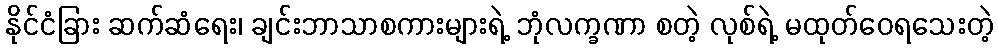
နိုင်ငံခြား ဆက်ဆံရေး၊ ချင်းဘာသာစကားများရဲ့ ဘုံလက္ခဏာ စတဲ့ လုစ်ရဲ့ မထုတ်ဝေရသေးတဲ့